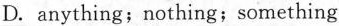
D. anything;nothing;something